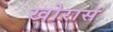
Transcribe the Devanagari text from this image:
खोरासं